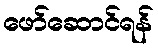
ဖော်ဆောင်ရန်